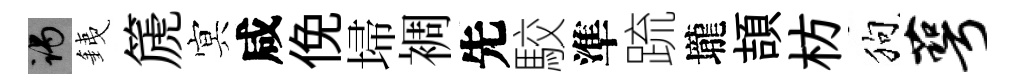
谒銕篪㝠咸俛埽裯先駮準䟽壠頡枋狗萼